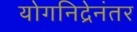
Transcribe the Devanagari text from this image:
योगनिद्रेनंतर